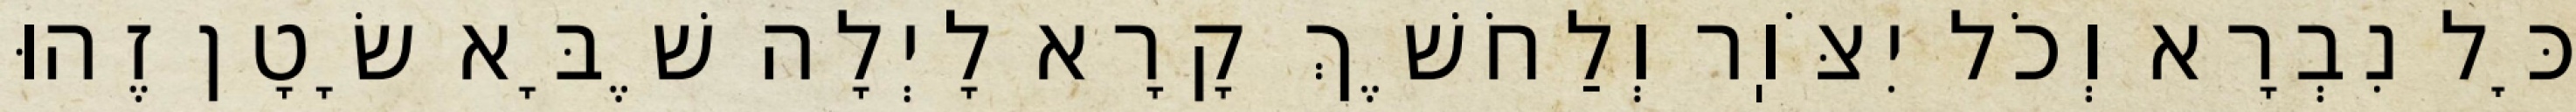
כׇּל נִבְרָא וְכֹל יִצֹּוֽר וְלַחֹשֶׁךְ קָרָא לָיְלָה שֶׁבָּא שָׂטָן זֶהוּ